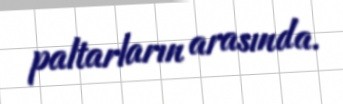
paltarların arasında.